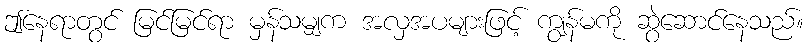
ဤနေရာတွင် မြင်မြင်ရာ မှန်သမျှက အလှအပများဖြင့် ကျွန်မကို ဆွဲဆောင်နေသည်။